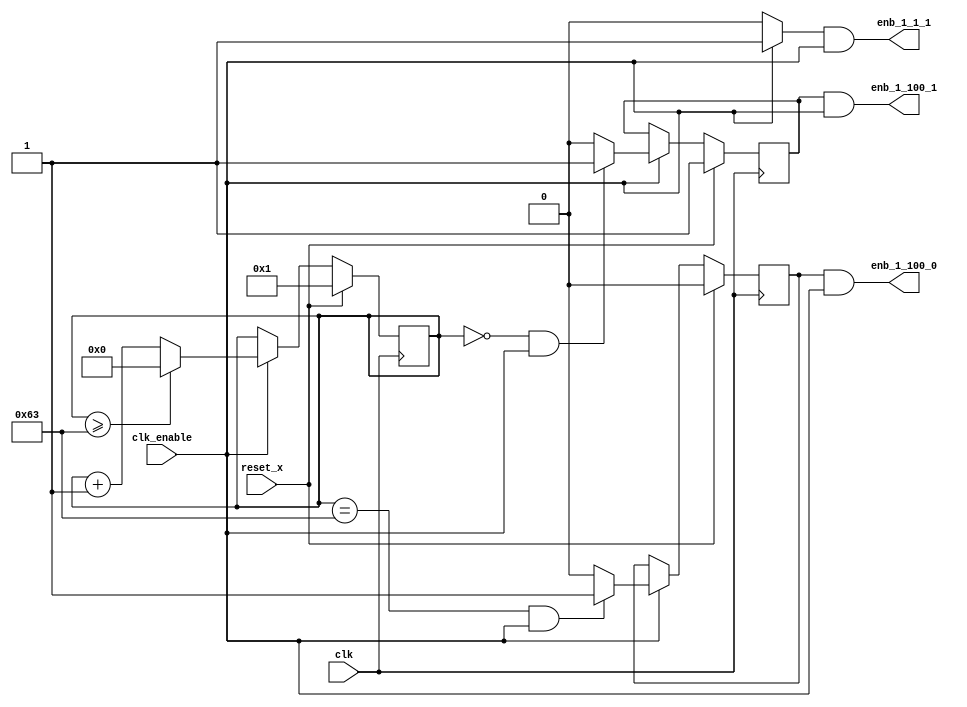
// -------------------------------------------------------------
// 
// 
// Generated by MATLAB 9.11 and HDL Coder 3.19
// 
// -------------------------------------------------------------


// -------------------------------------------------------------
// 
// Module: PID_tc
// Source Path: PID_tc
// Hierarchy Level: 1
// 
// Master clock enable input: clk_enable
// 
// enb_1_1_1   : identical to clk_enable
// enb_1_100_0 : 100x slower than clk with last phase
// enb_1_100_1 : 100x slower than clk with phase 1
// 
// -------------------------------------------------------------

`timescale 1 ns / 1 ns

module PID_tc
          (clk,
           reset_x,
           clk_enable,
           enb_1_1_1,
           enb_1_100_0,
           enb_1_100_1);


  input   clk;
  input   reset_x;
  input   clk_enable;
  output  enb_1_1_1;
  output  enb_1_100_0;
  output  enb_1_100_1;


  reg [6:0] count100;  // ufix7
  wire phase_all;
  reg  phase_0;
  wire phase_0_tmp;
  reg  phase_1;
  wire phase_1_tmp;


  always @ (posedge clk)
    begin: Counter100
      if (reset_x == 1'b1) begin
        count100 <= 7'b0000001;
      end
      else begin
        if (clk_enable == 1'b1) begin
          if (count100 >= 7'b1100011) begin
            count100 <= 7'b0000000;
          end
          else begin
            count100 <= count100 + 7'b0000001;
          end
        end
      end
    end // Counter100

  assign phase_all = clk_enable ? 1'b1 : 1'b0;

  always @ ( posedge clk)
    begin: temp_process1
      if (reset_x == 1'b1) begin
        phase_0 <= 1'b0;
      end
      else begin
        if (clk_enable == 1'b1) begin
          phase_0 <= phase_0_tmp;
        end
      end
    end // temp_process1

  assign  phase_0_tmp = (count100 == 7'b1100011 && clk_enable == 1'b1) ? 1'b1 : 1'b0;

  always @ ( posedge clk)
    begin: temp_process2
      if (reset_x == 1'b1) begin
        phase_1 <= 1'b1;
      end
      else begin
        if (clk_enable == 1'b1) begin
          phase_1 <= phase_1_tmp;
        end
      end
    end // temp_process2

  assign  phase_1_tmp = (count100 == 7'b0000000 && clk_enable == 1'b1) ? 1'b1 : 1'b0;

  assign enb_1_1_1 =  phase_all & clk_enable;

  assign enb_1_100_0 =  phase_0 & clk_enable;

  assign enb_1_100_1 =  phase_1 & clk_enable;


endmodule  // PID_tc